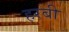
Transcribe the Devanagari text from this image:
हरबी